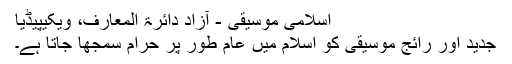
اسلامی موسیقی - آزاد دائرۃ المعارف، ویکیپیڈیا
جدید اور رائج موسیقی کو اسلام میں عام طور پر حرام سمجھا جاتا ہے۔